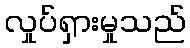
လှုပ်ရှားမှုသည်